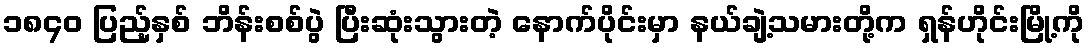
၁၈၄၀ ပြည့်နှစ် ဘိန်းစစ်ပွဲ ပြီးဆုံးသွားတဲ့ နောက်ပိုင်းမှာ နယ်ချဲ့သမားတို့က ရှန်ဟိုင်းမြို့ကို